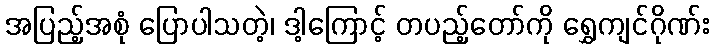
အပြည့်အစုံ ပြောပါသတဲ့၊ ဒါ့ကြောင့် တပည့်တော်ကို ရွှေကျင်ဂိုဏ်း